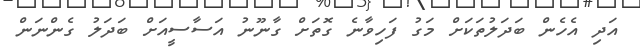
އަދި އެހެން ބަދަލުތަކަށް މަގު ފަހިވާނެ ގޮތަށް ގާނޫނު އަސާސީއަށް ބަދަލު ގެންނަން